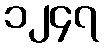
၁၂၄၇